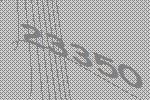
23350